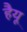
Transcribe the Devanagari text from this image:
हैयू